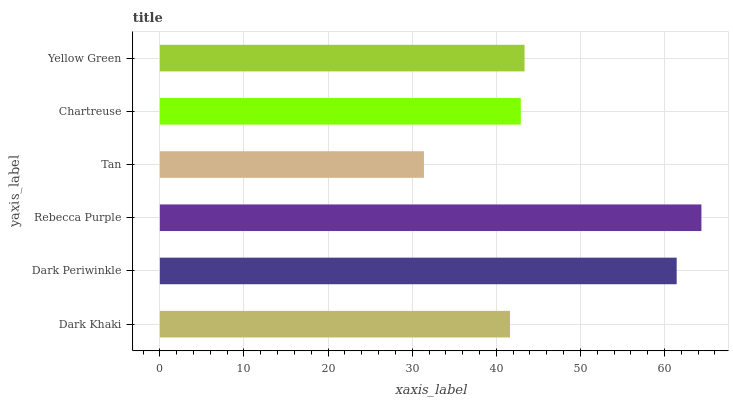
| yaxis_label | bars |
 | --- | --- |
 | Dark Khaki | 41.6 |
 | Dark Periwinkle | 61.4 |
 | Rebecca Purple | 64.4 |
 | Tan | 31.4 |
 | Chartreuse | 42.9 |
 | Yellow Green | 43.4 |